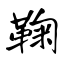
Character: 鞠